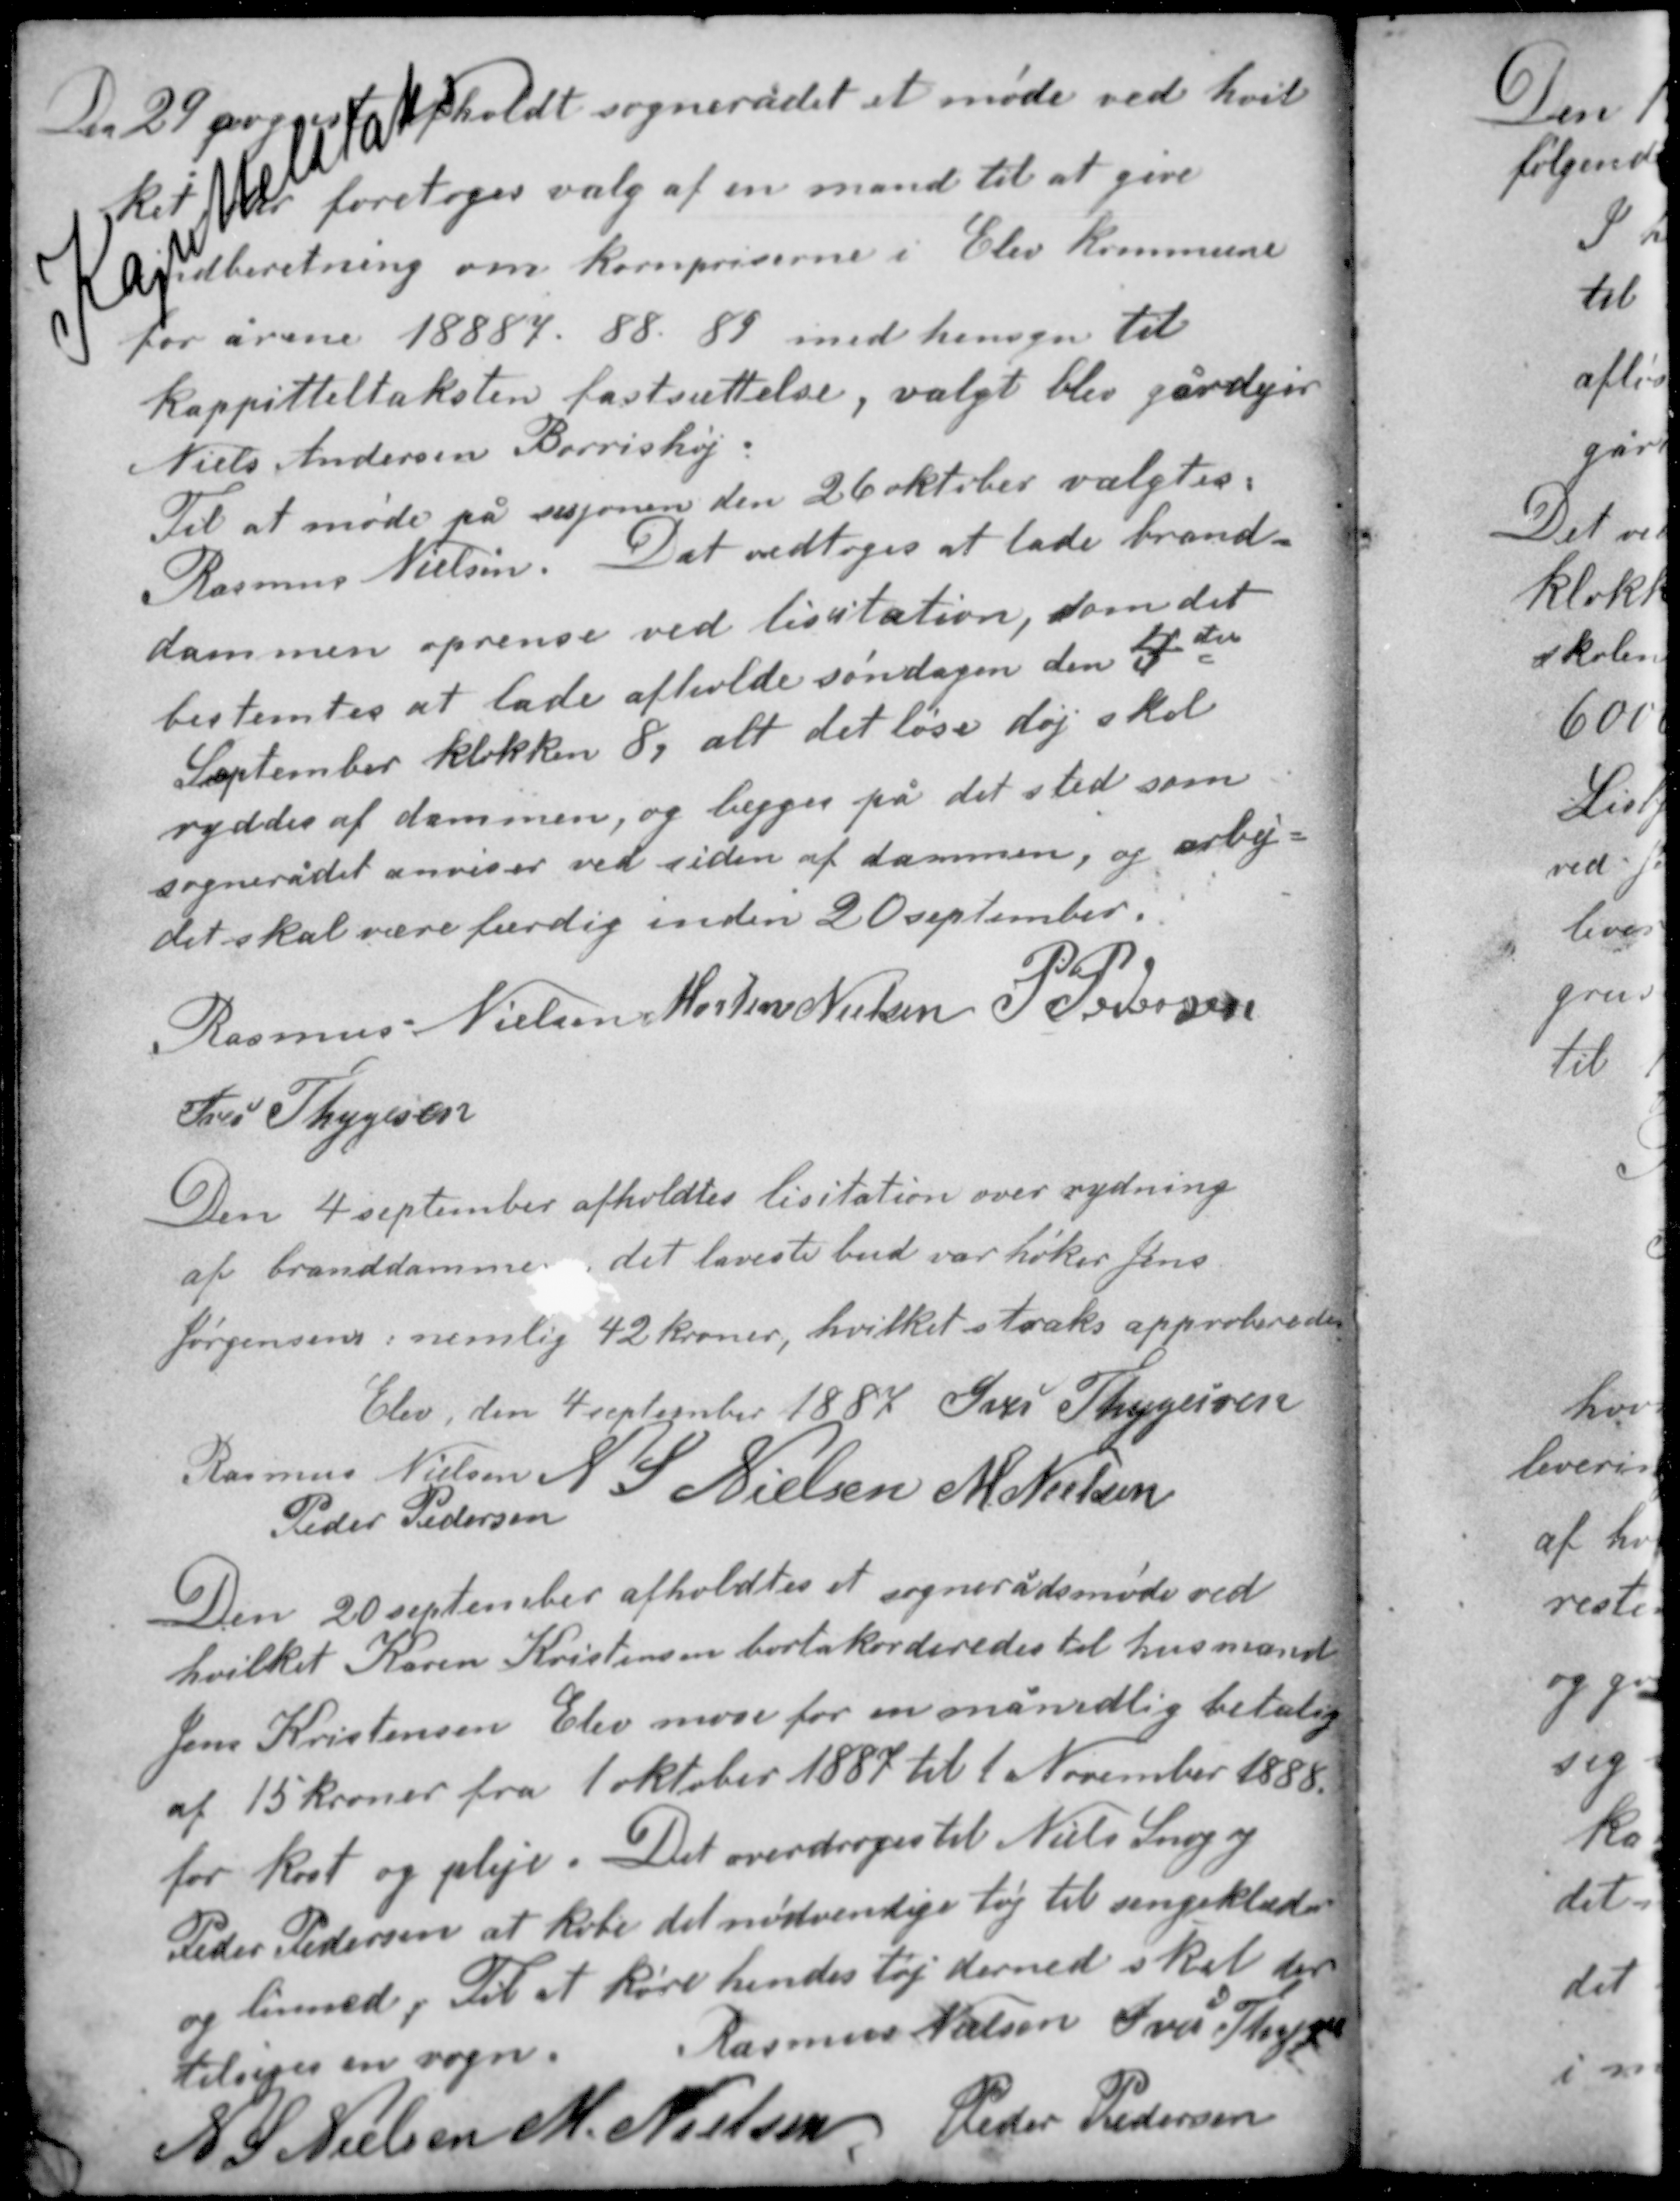
Transskription:
Den 29 august afholdt sognerådet et møde ved hvil-
ket der foretoges valg af en mand til at give
indberetning om kornpriserne i Elev kommune
for årerne 18887-88-89 med hensyn til
kappitteltaksten fastsættelse, valgt blev gårdejer
Niels Andersen Berrishøj.
Til at møde på sesjonen den 26 oktober valgtes:
Rasmus Nielsen. Det vedtoges at lade brand-

dammen oprense ved licitation, som det
bestemtes at lade afholde søndagen den 4de
September klokken 8, alt det løse døj skal
ryddes af dammen, og lægges på det sted som
sognerådet anviser ved siden af dammen, og arbej-
det skal være færdig inden 20 september.

Rasmus Nielsen Morten Nielsen P. Pedersen
Iver Thygesen

Den 4 september afholdtes lisitation over rydning
af branddammen det laveste bud var høker Jens
Jørgensens, nemlig 42 kroner, hvilket straks approberedes.
Elev den 4 september 1887 Iver Thygesen
Rasmus Nielsen N. S. Nielsen M. Nielsen
Peder Pedersen

Den 20 september afholdtes et sognerådsmøde ved
hvilket Karen Kristensen bortakorderedes til husmand
Jens Kristensen Elev mose for en månedlig betaling
af 15 kroner fra 1 oktober 1887 til 1 November 1888
for kost og pleje. Det overdroges til Niels Snog og
Peder Pedersen at købe det nødvendige tøj til sengeklæde
og linned. Til at køre hendes tøj derned skal der
tilsiges en vogn. Rasmus Nielsen Iver Thygesen
N. S. Nielsen M. Nielsen Peder Pedersen